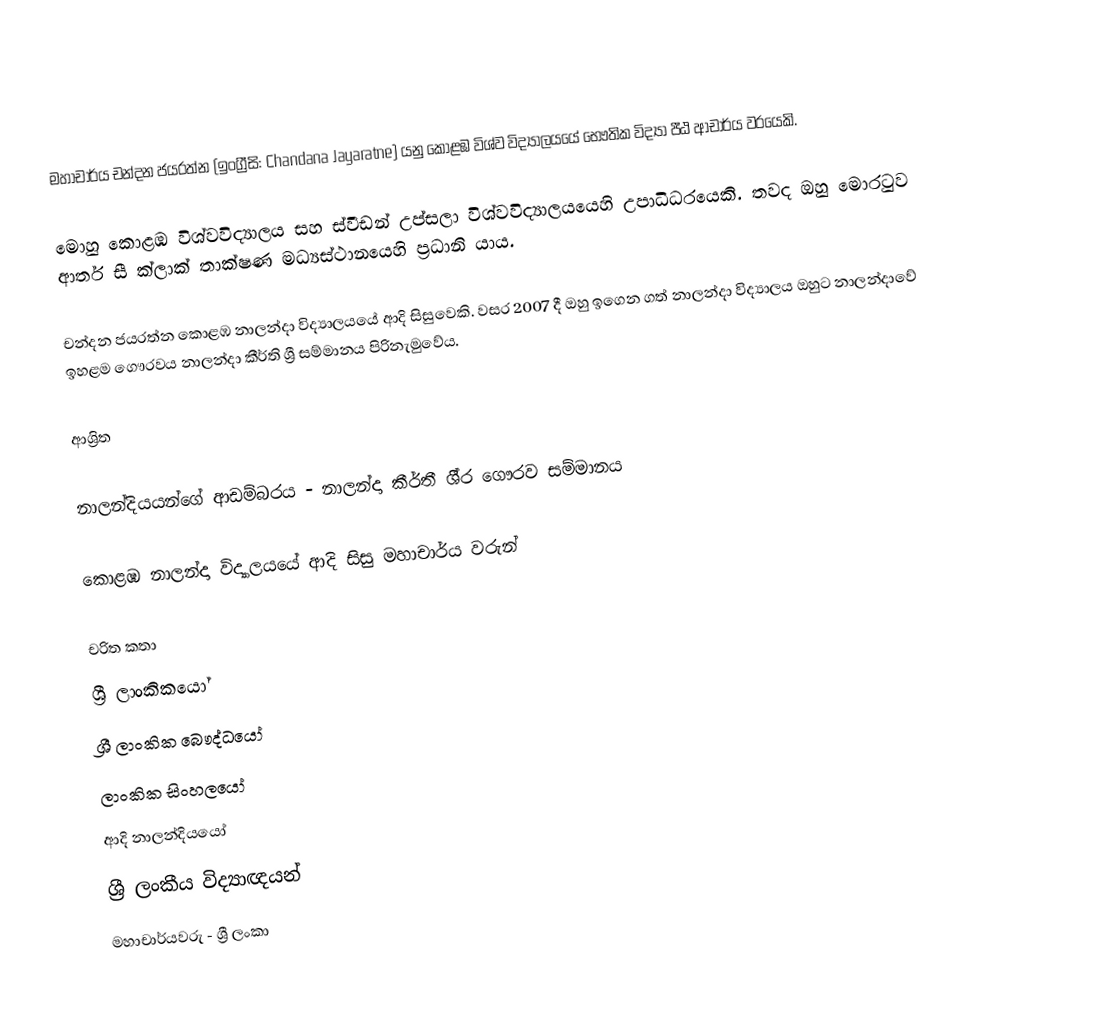
මහාචාර්ය චන්දන ජයරත්න  (ඉංග්‍රීසි: Chandana Jayaratne) යනු කොළඹ විශ්ව විද්‍යාලයයේ භෞතික විද්‍යා පීඨ ආචාර්ය වරයෙකි.

මොහු කොළඹ විශ්වවිද්‍යාලය සහ ස්වීඩන් උප්සලා විශ්වවිද්‍යාලයයෙහි උපාධිධරයෙකි. තවද ඔහු මොරටුව ආතර් සී ක්ලාක් තාක්ෂණ මධ්‍යස්ථානයෙහි  ප්‍රධානි යාය.

චන්දන ජයරත්න  කොළඹ නාලන්දා විද්‍යාලයයේ ආදි සිසුවෙකි. වසර 2007 දී ඔහු ඉගෙන ගත් නාලන්දා විද්‍යාලය ඔහුට නාලන්දාවේ ඉහළම ගෞරවය නාලන්දා කීර්ති ශ්‍රී සම්මානය පිරිනැමුවේය.

ආශ්‍රිත

 නාලන්දියයන්ගේ ආඩම්බරය - නාලන්දා කීර්තී ශී‍්‍ර ගෞරව සම්මානය

 කොළඹ නාලන්දා විද්‍යාලයයේ ආදි සිසු මහාචාර්ය වරුන්

චරිත කතා
ශ්‍රී ලාංකිකයෝ
ශ්‍රී ලාංකික බෞද්ධයෝ
ලාංකික සිංහලයෝ
ආදි නාලන්දියයෝ
ශ්‍රී ලංකීය විද්‍යාඥයන්
මහාචාර්යවරු - ශ්‍රී ලංකා